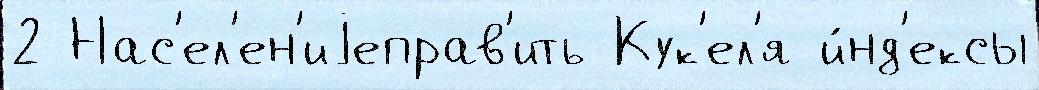
2 Нас'ел'ен'иjеправ'ить Кук'ел'я и́нд'ексы